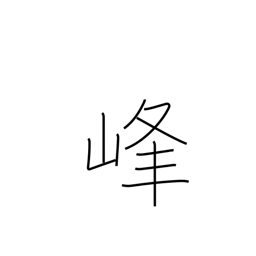
Meaning: summit